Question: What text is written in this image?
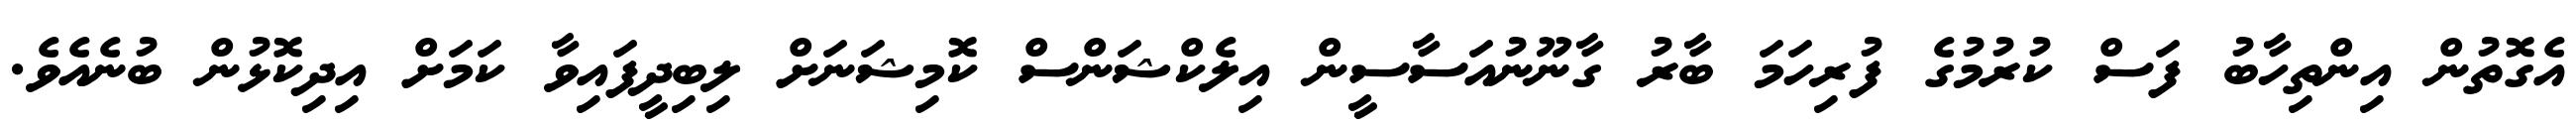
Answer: އެގޮތުން އިންތިހާބު ފަސް ކުރުމުގެ ފުރިހަމަ ބާރު ގާނޫނުއަސާސީން އިލެކްޝަންސް ކޮމިޝަނަށް ލިބިދީފައިވާ ކަމަށް އިދިކޮޅުން ބުނެއެވެ.